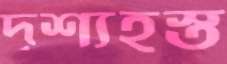
দৃশ্যহস্ত